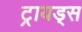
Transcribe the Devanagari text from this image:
ट्रायड्स